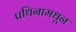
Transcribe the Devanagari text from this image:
प्रथिनामधून